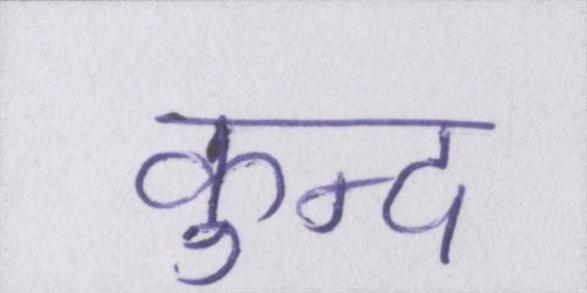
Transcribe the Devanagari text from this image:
कुन्द